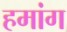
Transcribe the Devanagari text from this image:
हमांग